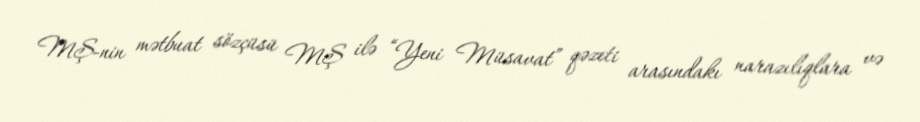
MŞ-nin mətbuat sözçüsü MŞ ilə “Yeni Müsavat” qəzeti arasındakı narazılıqlara və